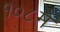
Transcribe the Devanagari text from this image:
१०८में